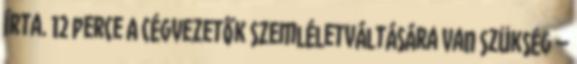
írta. 12 perce A cégvezetők szemléletváltására van szükség –